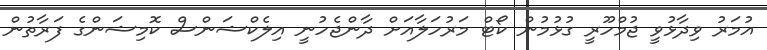
އުމަރު ވިދާޅުވީ ޖުމްހޫރީ ގުޅުމުން ކޯޓް މަރުހަލާއަށް ދާންޖެހުނީ އިލެކްޝަންސް ކޮމިޝަންގެ ފަރާތުން